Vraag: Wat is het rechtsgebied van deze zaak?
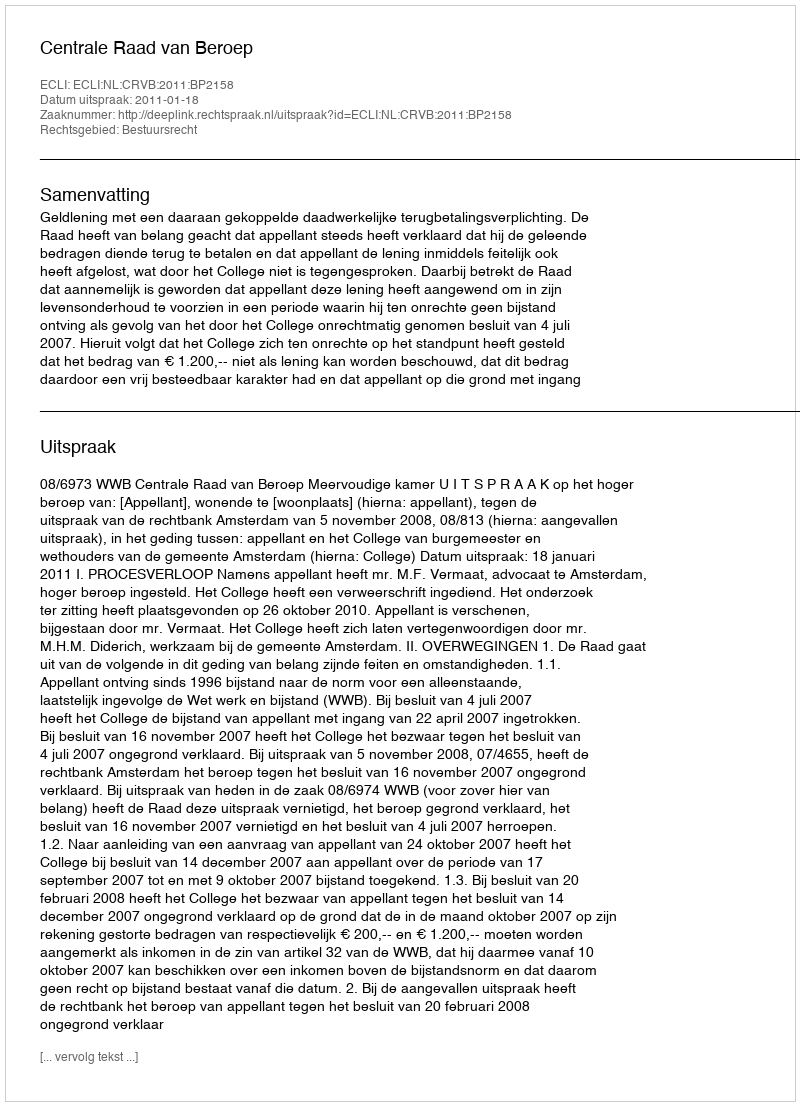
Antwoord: Bestuursrecht